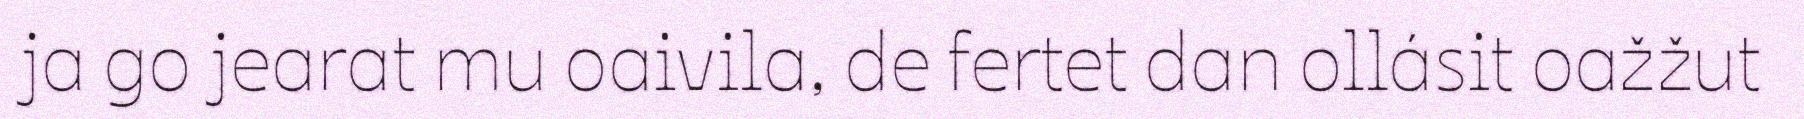
ja go jearat mu oaivila, de fertet dan ollásit oažžut